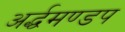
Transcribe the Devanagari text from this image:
अर्द्धमण्डप